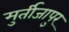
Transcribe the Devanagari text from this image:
मुर्तीजापुर